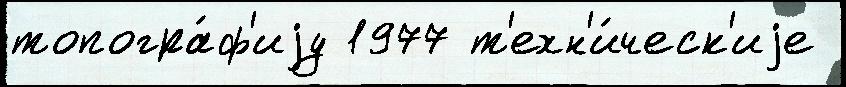
топогра́ф'иjу 1977 т'ехн'и́ческ'иjе